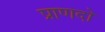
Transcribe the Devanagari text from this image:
प्राणदो